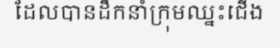
ដែលបានដឹកនាំក្រុមឈ្នះជើង